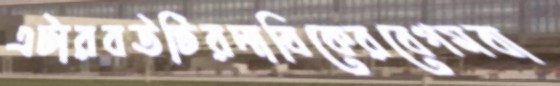
এটারবউটিরনাবিকেরবেগমবা